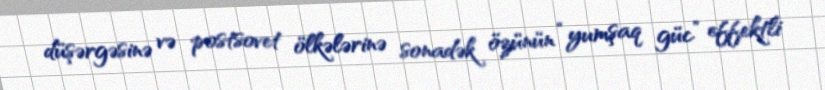
düşərgəsinə və postsovet ölkələrinə sonadək özünün “yumşaq güc” effektli